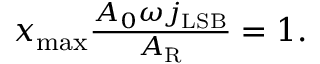
\begin{array} { r } { x _ { \mathrm { m a x } } \frac { A _ { 0 } \omega j _ { \mathrm { L S B } } } { A _ { \mathrm { R } } } = 1 . } \end{array}